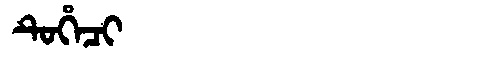
Manchu: ᡨᡠᡥᡝᠴᡳ
Romanization: TUHECI